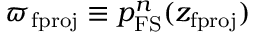
\varpi _ { \mathrm { f p r o j } } \equiv p _ { \mathrm { F S } } ^ { n } ( z _ { \mathrm { f p r o j } } )